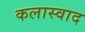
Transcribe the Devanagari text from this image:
कलास्वाद